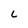
Character: L